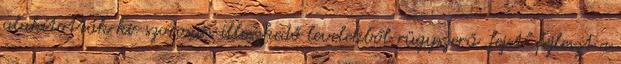
alakították ki. szorosan illeszkedő levelekből rügyszerű „fejet” fejleszt a